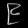
Digit: ၉